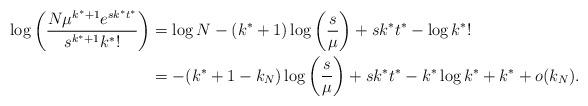
LaTeX: \begin{align*}\log \bigg( \frac{N \mu^{k^* + 1} e^{sk^* t^*}}{s^{k^* + 1} k^*!} \bigg) &= \log N - (k^* + 1) \log \bigg( \frac{s}{\mu} \bigg) + s k^* t^* - \log k^*! \\&= - (k^* + 1 - k_N) \log \bigg( \frac{s}{\mu} \bigg) + s k^* t^* - k^* \log k^* + k^* + o(k_N).\end{align*}